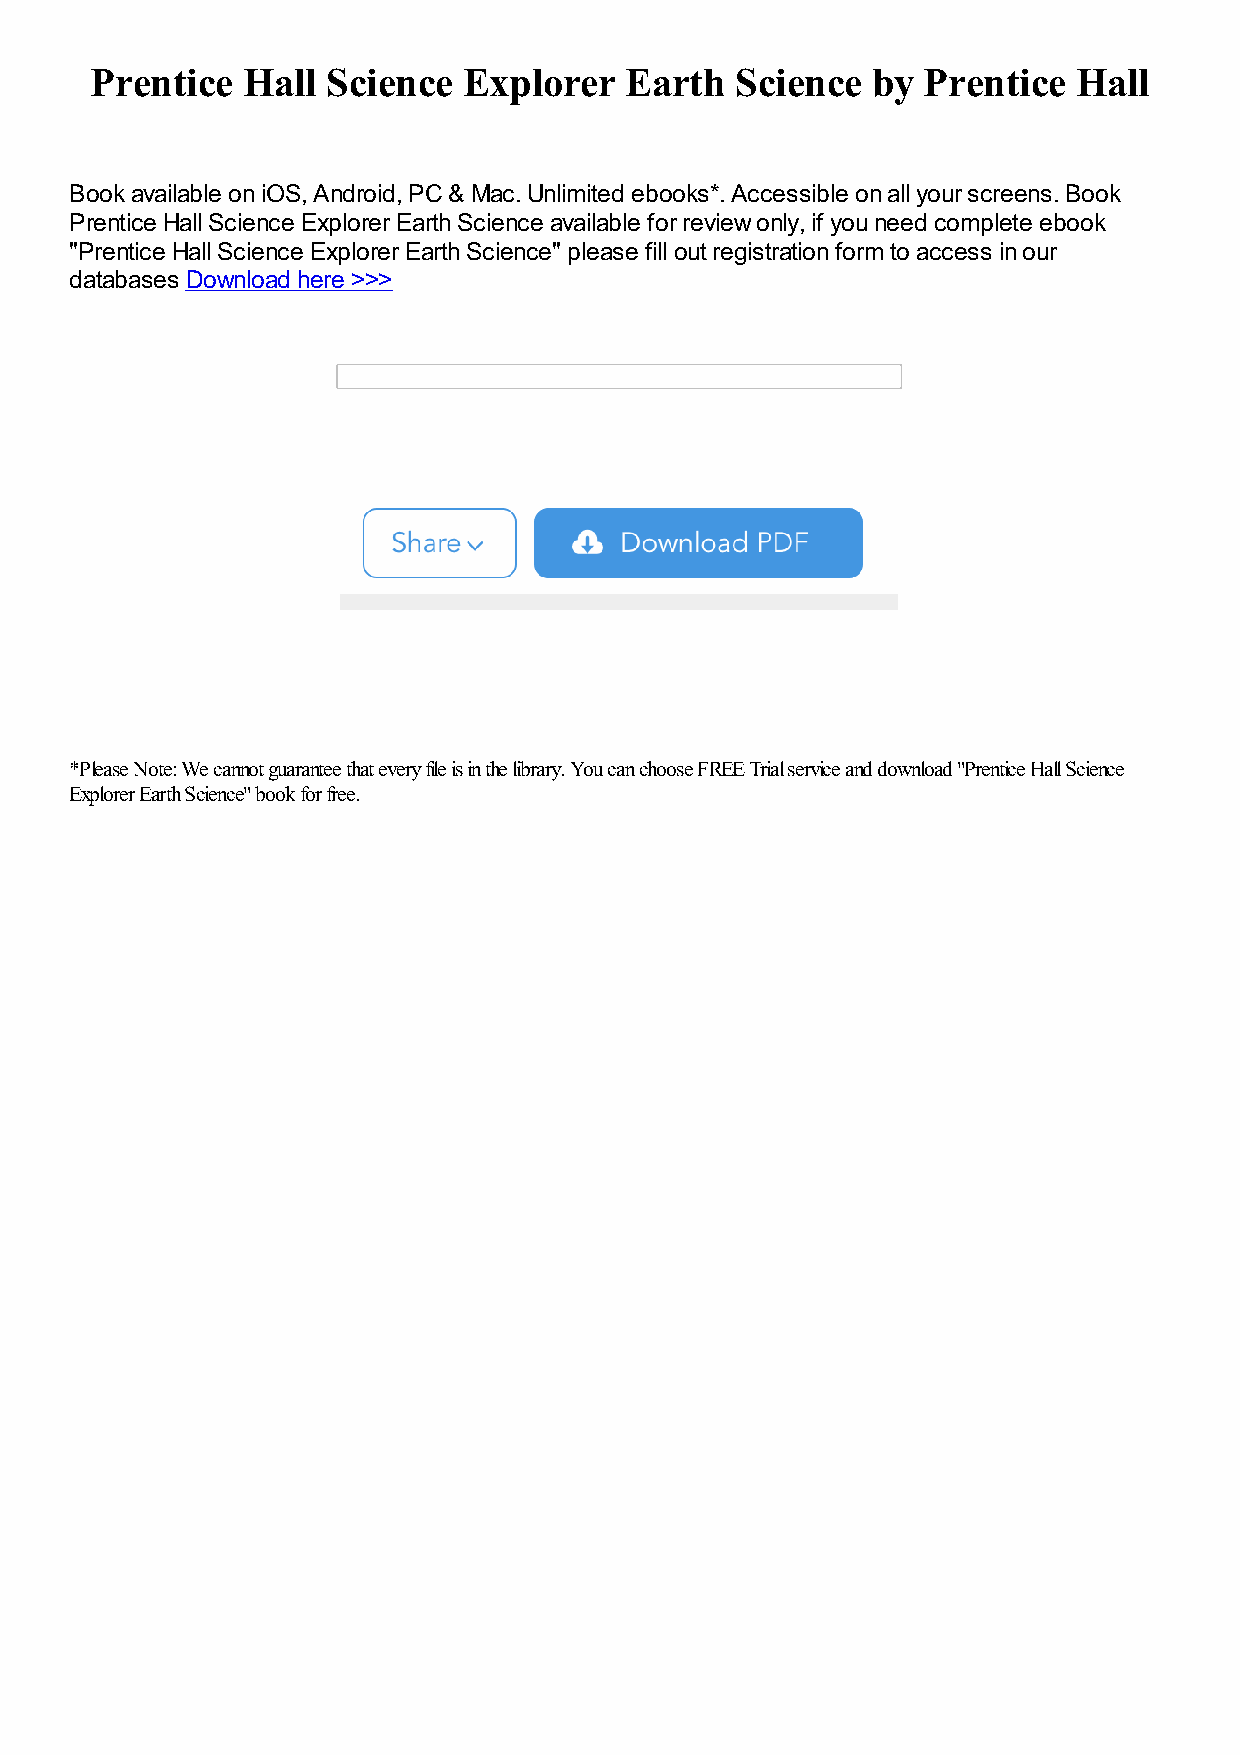
Prentice  Hall  Science  Explorer  Earth   Science  by Prentice  Hall
 Book available on iOS, Android, PC & Mac. Unlimited ebooks*. Accessible on all your screens. Book
 Prentice Hall Science Explorer Earth Science available for review only, if you need complete ebook
 "Prentice Hall Science Explorer Earth Science" please fill out registration form to access in our
 databases Download here >>>
 *Please Note: We cannot guarantee that every file is in the library. You can choose FREE Trial service and download "Prentice Hall Science
 Explorer Earth Science" book for free.